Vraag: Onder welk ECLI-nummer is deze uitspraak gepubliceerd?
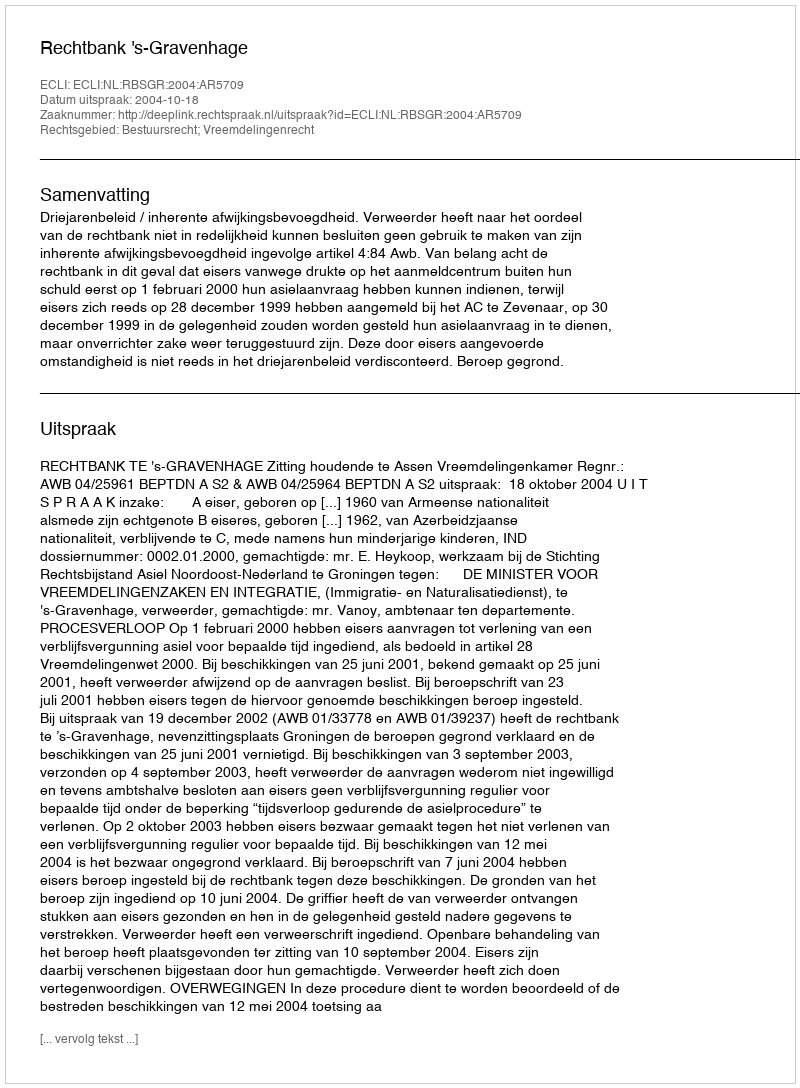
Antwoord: ECLI:NL:RBSGR:2004:AR5709